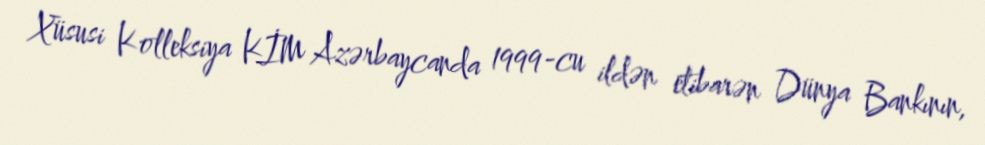
Xüsusi Kolleksiya KİM Azərbaycanda 1999-cu ildən etibarən Dünya Bankının,